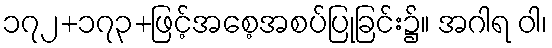
၁၇၂+၁၇၃+ဖြင့်အစေ့အစပ်ပြုခြင်း၌။ အဂါရ ဝါ၊